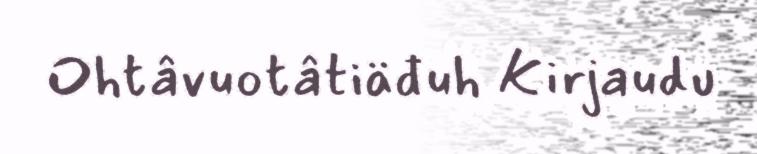
Ohtâvuotâtiäđuh Kirjaudu